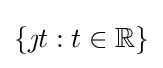
\lbrace \jmath t:t\in \mathbb {R} \rbrace